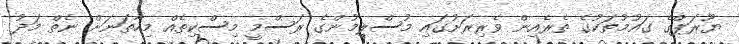
ޔޫރަޕްގެ ގައުމުތަކުގެ ތެރެއިން ވެރިރަށުގައި މުސްލިމުންގެ ރަސްމީ މިސްކިތެއް މިހާތަނަށް ނެތް މަދު